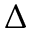
\Delta